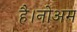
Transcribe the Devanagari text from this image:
है।नोअम